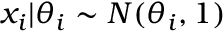
x _ { i } | \theta _ { i } \sim N ( \theta _ { i } , 1 )